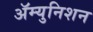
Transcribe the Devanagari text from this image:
ॲम्युनिशन